Report of the Hyderabad Chloroform Commission
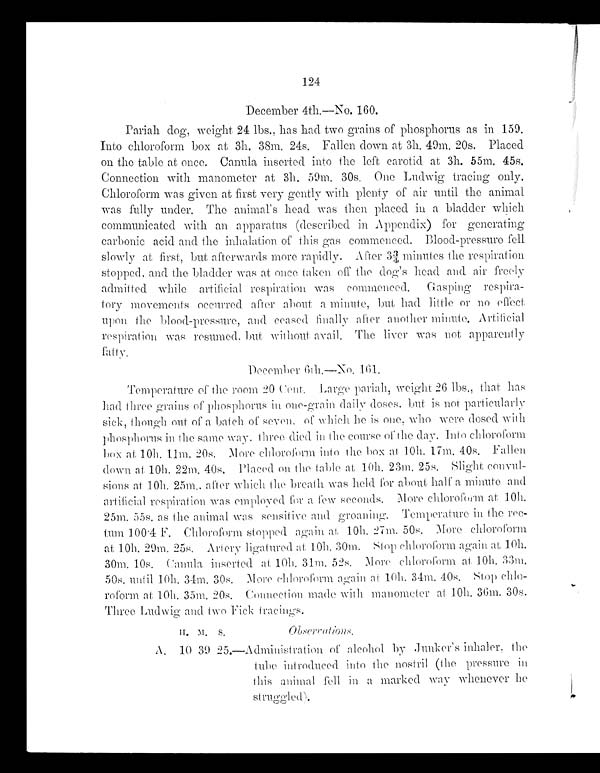
124
December 4th.—No. 160.
Pariah dog, weight 24 lbs., has had two grains of phosphorus as in 159.
Into chloroform box at 3h. 38m. 24s. Fallen down at 3h. 49m. 20s. Placed
on the table at once. Canula inserted into the left carotid at 3h. 55m. 45s.
Connection with manometer at 3h. 59m. 30s. One Ludwig tracing only.
Chloroform was given at first very gently with plenty of air until the animal
was fully under. The animal's head was then placed in a bladder which
communicated with an apparatus (described in Appendix) for generating
carbonic acid and the inhalation of this gas commenced. Blood-pressure fell
slowly at first, but afterwards more rapidly. After 3¾ minutes the respiration
stopped, and the bladder was at once taken off the dog's head and air freely
admitted while artificial respiration was commenced. Gasping respira
-
tory movements occurred after about a minute, but had little or no effect
upon the blood-pressure, and ceased finally after another minute. Artificial
respiration was resumed,
but, without avail. The liver was not apparently
f a t t y .
December 6th.—No. 161
Temperature of the room 20 Cent. Large pariah, weight 26 lbs., that has
had three grains of phosphorus in one-grain daily doses, but is not particularly
s i c k , t h o u g h o u t o f a b a t c h o f s e v e n . o f
w h i c h h e i s
o n e ,who
were dosed wi
t h
phosphorus in the same way. three died in the course of the day. Into chloroform
b o x a t 1 0 h . 1 1 m . 2 0 s . M
o r e
chloroform into the box at 10h. 17m. 40s. Fallen
down at 10h. 22m. 40s. Placed on the table at, 10h. 23m. 25s. Slight convul
-
sions at 10h. 25m,. after which the breath was held for about half a. minute and
artificial respiration was employed for a few seconds. More chloroform at 10h.
25m. 55s. as the animal was sensitive and groaning. Temperature ill the rec
-
tum 100·4 F. Chloroform stopped again. at 10h. 27m. 50s. More chloroform
at 10h. 29m. 25s. Artery ligatured at 10h. 30m. Stop chloroform again at 10h.
30m. 10s. Canula inserted at 10h. 31m, 52s. More chloroform at 10h. 33m.
50s. until 10h. 34m, 30s. More chloroform again at 10h. 34m. 40s. Stop chlo
-
roform at 10h. 35m. 20s. Connection made with manometer at 10h. 36m. 30s.
Three Ludwig and two Fick tracings.
H. M. S .
Observations.
A. 10 39
2 5 . —
Administration of alcohol by Junker's inhaler, the
tube introduced into the nostril (the pressure in
this animal fell in a marked way whenever he
struggled).